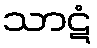
သာဋံ